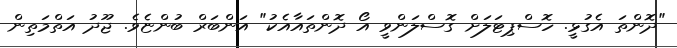
"ދޮންތަ އެގުޅީ. ހޮސްޕިޓަލަށް ގޮސްލަންވީ އޯ ދޮންތައާއެކު" އަންބަރް ބުންޏެވެ. ޖޫދު އަތްމަތިން